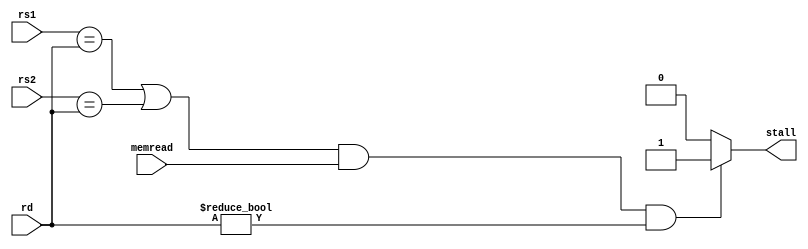
`timescale 1ns / 1ps
//////////////////////////////////////////////////////////////////////////////////
// Company: 
// Engineer: 
// 
// Design Name: 
// Module Name: hazard_detection
// Project Name: 
// Target Devices: 
// Tool Versions: 
// Description: 
// 
// Dependencies: 
// 
// Revision:
// Revision 0.01 - File Created
// Additional Comments:
// 
//////////////////////////////////////////////////////////////////////////////////


module hazard_detection(input [4:0]rs1,rs2,rd,input memread,output reg stall);
always@(*)
begin
if((rs1==rd|rs2==rd)&memread==1& rd!=0)
stall=1;
else 
stall=0;
end
endmodule